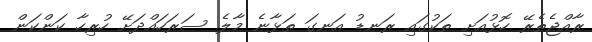
ރާއްޖެތެރޭ ހޮޅުއަށި ތަކުގައި ރަނޑު އަނގަ ތަޅާނެ މާލެ ސަރަހައްދަށޭ ހުރިހާ ކަންކަން